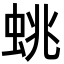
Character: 䖴